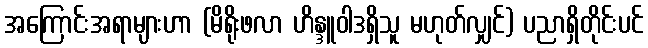
အကြောင်းအရာများဟာ (မိရိုးဖလာ ဟိန္ဒူဝါဒရှိသူ မဟုတ်လျှင်) ပညာရှိတိုင်းပင်